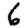
Digit: 6